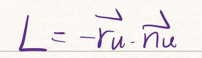
$L = -\hat{r}u - \hat{n}u$